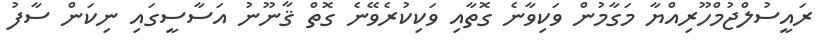
ރައީސުލްޖުމްހޫރިއްޔާ މަގާމުން ވަކިވާނެ ގޮތާއި ވަކިކުރެވޭނެ ގޮތް ޤާނޫނު އަސާސީގައި ނިކަން ސާފު